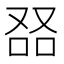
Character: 𠭎